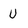
Character: U